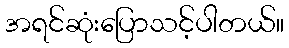
အရင်ဆုံးပြောသင့်ပါတယ်။